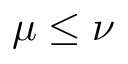
\mu \le \nu